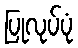
ပြုလုပ်ပုံ